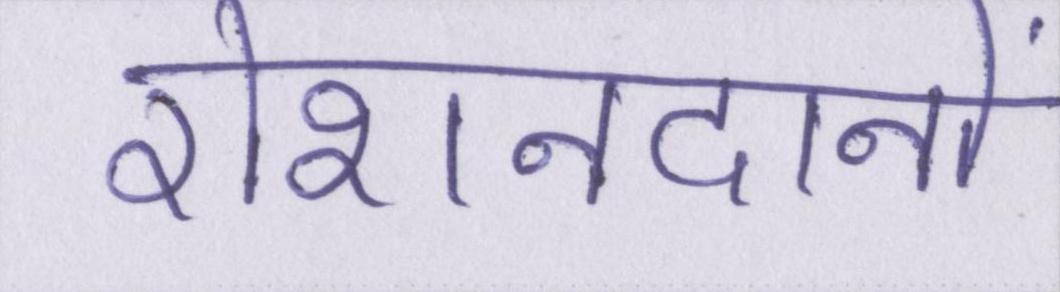
रोशनदानों